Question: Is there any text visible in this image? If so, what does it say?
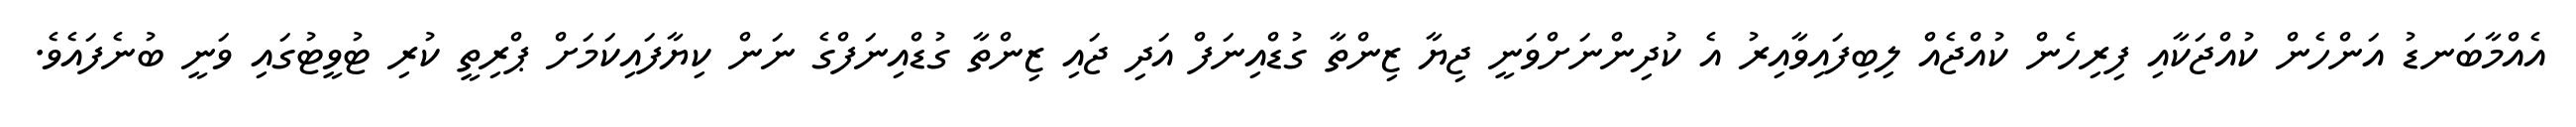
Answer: އެއްމާބަނޑު އަންހެން ކުއްޖަކާއި ފިރިހެން ކުއްޖެއް ލިބިފައިވާއިރު އެ ކުދިންނަށްވަނީ ޖިޔާ ޒިންތާ ގުޑްއިނަފް އަދި ޖައި ޒިންތާ ގުޑްއިނަފްގެ ނަން ކިޔާފައިކަމަށް ޕްރިތީ ކުރި ޓުވީޓުގައި ވަނީ ބުނެފައެވެ.